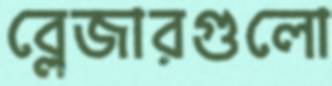
ব্লেজারগুলো